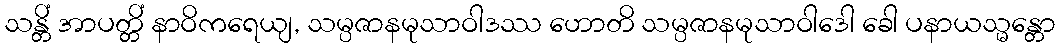
သန္တိံ အာပတ္တိံ နာဝိကရေယျ, သမ္ပဇာနမုသာဝါဒဿ ဟောတိ သမ္ပဇာနမုသာဝါဒေါ ခေါ ပနာယသ္မန္တော